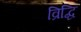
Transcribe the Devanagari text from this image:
व्रिद्धि